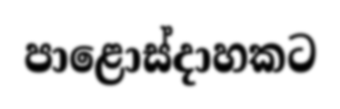
පාළොස්දාහකට